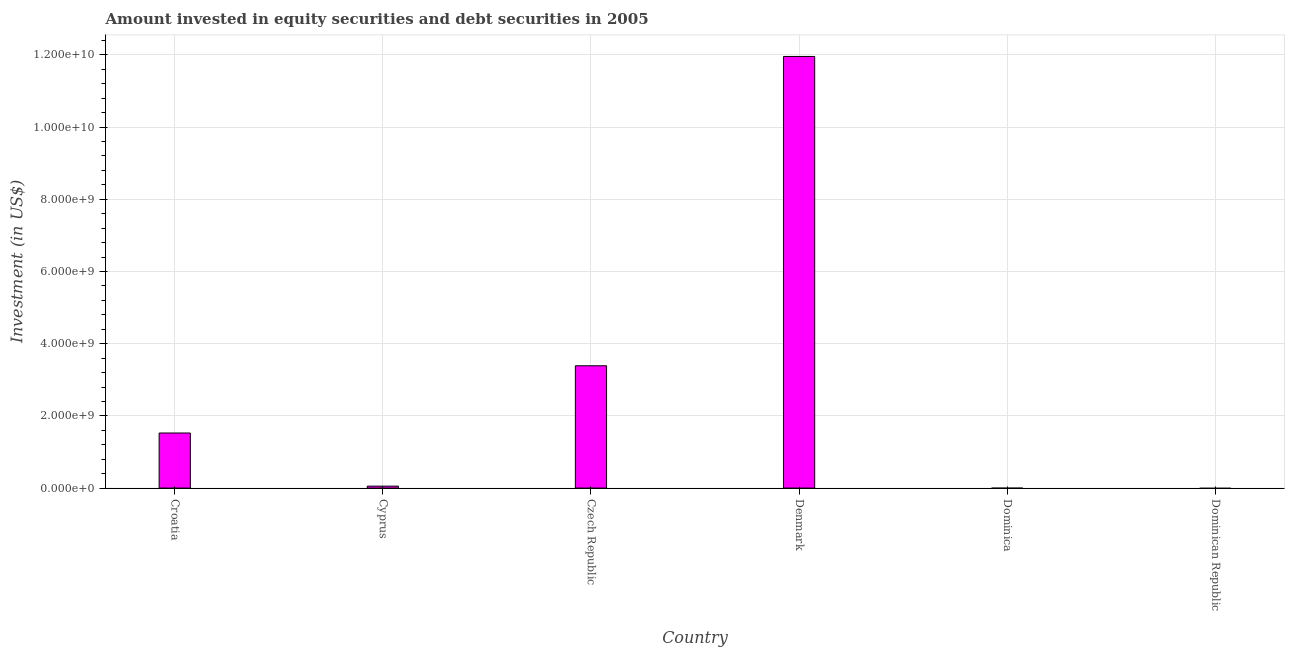
| Country | Portfolio Investment |
 | --- | --- |
 | Croatia | 1.53e+09 |
 | Cyprus | 5.37e+07 |
 | Czech Republic | 3.39e+09 |
 | Denmark | 1.2e+10 |
 | Dominica | -3.78e+06 |
 | Dominican Republic | -2.44e+08 |